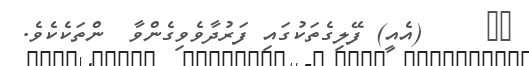
٧٢     (އެއީ) ފޭލިގެތަކުގައި ފަރުދާވެވިގެންވާ  ންތަކެކެވެ.